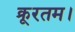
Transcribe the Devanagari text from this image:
क्रूरतम।